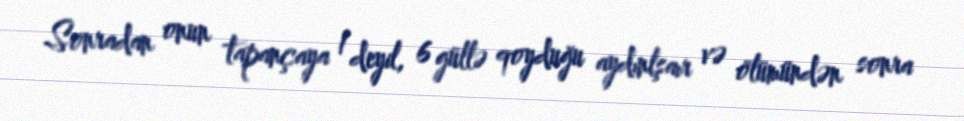
Sonradan onun tapançaya 1 deyil, 6 güllə qoyduğu aydınlşaır və ölümündən sonra